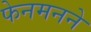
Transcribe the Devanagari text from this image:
फेनमनने